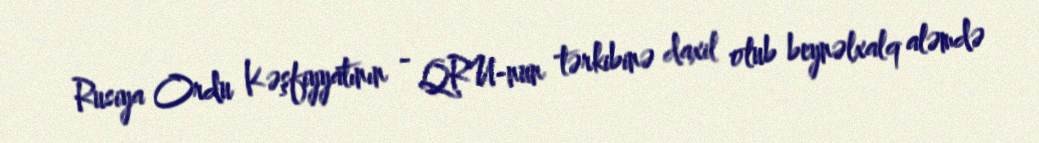
Rusiya Ordu Kəşfiyyatının - QRU-nun tərkibinə daxil olub beynəlxalq aləmdə